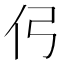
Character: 𰁣